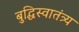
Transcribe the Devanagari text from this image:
बुद्धिस्वातंत्र्य